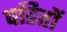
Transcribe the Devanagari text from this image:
पडितों